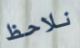
نلاحظ